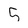
Character: 5